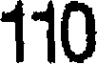
110